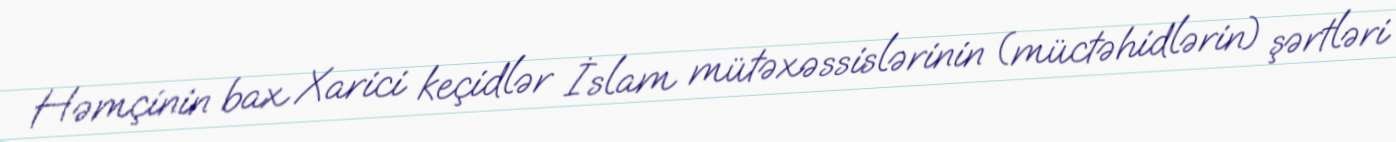
Həmçinin bax Xarici keçidlər İslam mütəxəssislərinin (müctəhidlərin) şərtləri